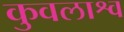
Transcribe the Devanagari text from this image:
कुवलाश्व